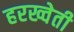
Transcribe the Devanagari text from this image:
हरख्वेती